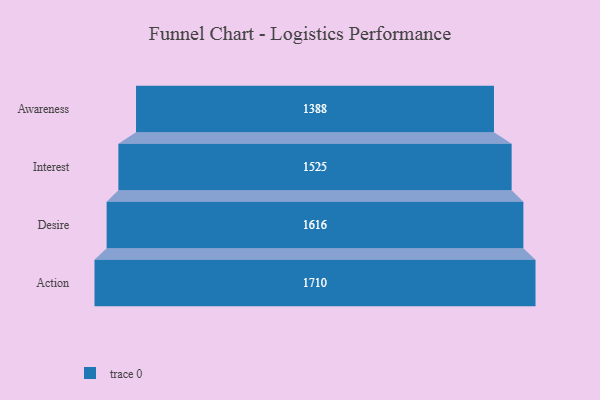
{"axis": {"x": "Stage", "y": "Value"}, "legend": [""], "data": [{"x": "Awareness", "y": 1388.0, "type": ""}, {"x": "Interest", "y": 1525.0, "type": ""}, {"x": "Desire", "y": 1616.0, "type": ""}, {"x": "Action", "y": 1710.0, "type": ""}]}